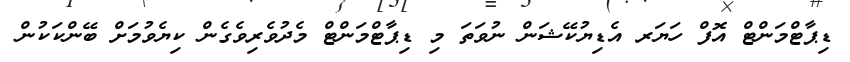
ޑިޕާޓްމަންޓް އޮފް ހަޔަރ އެޑިޔުކޭޝަން ނުވަތަ މި ޑިޕާޓްމަންޓް މެދުވެރިވެގެން ކިޔެވުމަށް ބޭންކަކުން